Civil Veterinary Dept. Bombay admin report 1900-1906 - 1900-1906
Year: 1900
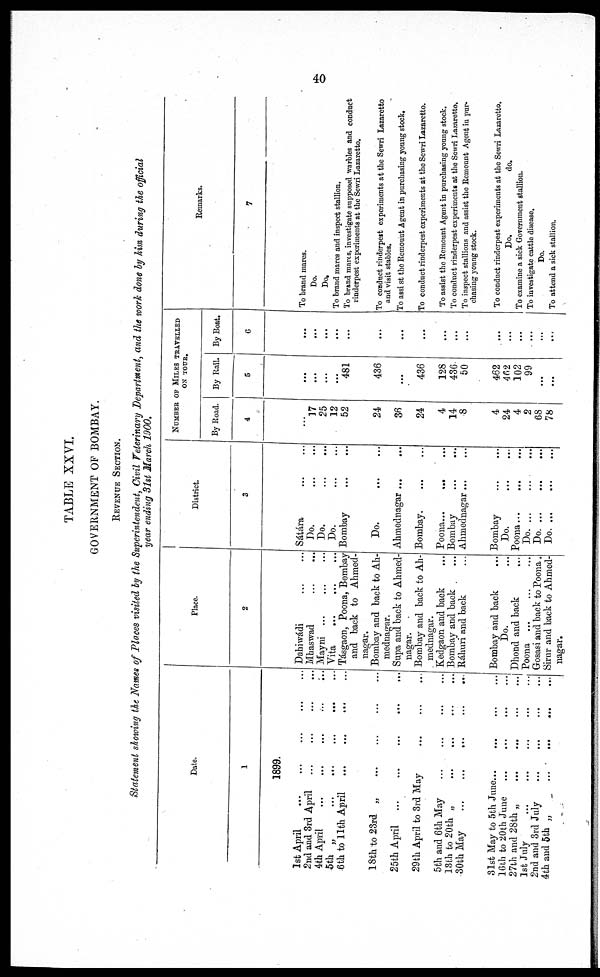
40
TABLE XXVI.
GOVERNMENT OF BOMBAY.
REVENUE SECTION.
Statement showing the Names of Places visited by the Superintendent, Civil Veterinary Department, and the work done by him during the official
year ending 31st March 1900,
Date.
1
1899.
1st April ... ... ... ... ...
2nd and 3rd April ... ... ... ...
4th April ... ... ... ... ...
5th „ ... ... ... ... ...
6th to 11th April ... ... ... ...
18th to 23rd „ ... ... ... ...
25th April ... ... ... ... ...
29th April to 3rd May ... ... ... ...
5th and 6th May ... ... ... ...
13th to 20th „ ... ... ... ...
30th May ... ... ... ... ...
31st May to 5th June ... ... ... ...
16th to 20th June ... ... ... ...
27th and 28th „ ... ... ... ...
1st July ... ... ... ... ...
2nd and 3rd July ... ... ... ...
4th and 5th „ ... ... ... ...
Place.
2
Dahiwádi ... ...
Mhaswad ... ...
Mayni ... ... ... ...
Vita
...
...
...
Tásgaon, Poona, Bombay
and back to Ahmed-
nagar.
Bombay and back to Ah-
mednagar.
Supa and back to Ahmed-
nagar.
Bombay and back to Ah-
mednagar.
Kedgaon and back ...
Bombay and back ...
Ráhuri and back ...
Bombay and back ...
Do. ...
Dhond and back ...
Poona ... ... ...
Gosasi and back to Poona .
Sirur and back to Ahmed-
nagar.
District.
3
Sátára ... ...
Do.
...
...
Do.
...
...
Do.
...
...
Bombay ... ...
Do.
...
...
Ahmednagar
...
...
Bombay
...
...
Poona...
... ...
Bombay ...
Ahmednagar ... ...
Bombay ... ...
Do.
...
...
Poona... ... ...
Do. ... ... ...
Do.
...
...
...
Do.
...
...
...
NUMBER OF MILES TRAVELLED
ON TOUR.
By Road.
4
...
17
25
12
52
24
36
24
4
14
8
4
24
4
2
68
78
By Rail.
5
...
......
...
...
481
436
...
436
128
436.
50
462
462
102
99
...
...
By Boat.
6
...
...
...
...
...
...
...
...
...
...
...
...
...
...
...
...
...
Remarks.
7
To brand mares.
Do.
Do.
To brand mares and inspect stallion.
To brand marts, investigate supposed warbles and conduct
rinderpest experiments at the Sewri Lazaretto.
To conduct rinderpest experiments at the Sewri Lazaretto
and visit stables.
To assist the Remount Agent in purchasing young stock.
To conduct rinderpest experiments at the Sewri Lazaretto.
To assist the Remount Agent in purchasing young stock.
To conduct rinderpest experiments at the Sewri Lazaretto.
To inspect stallions and assist the Remount Agent in pur-
chasing young stock.
To conduct rinderpest experiments at the Sewri Lazaretto.
Do.
do.
To examine a sick Government stallion.
To investigate cattle disease.
Do.
To attend a sick stallion.